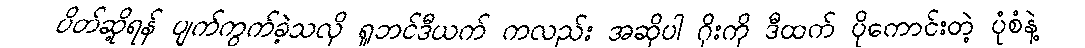
ပိတ်ဆို့ရန် ပျက်ကွက်ခဲ့သလို ရူဘင်ဒီယက် ကလည်း အဆိုပါ ဂိုးကို ဒီထက် ပိုကောင်းတဲ့ ပုံစံနဲ့